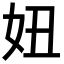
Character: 妞